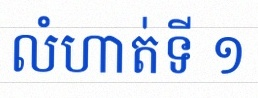
លំហាត់ទី ១